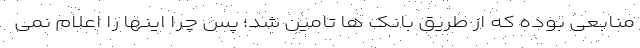
منابعی بوده که از طریق بانک ها تامین شد؛ پس چرا اینها را اعلام نمی